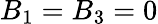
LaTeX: B_{1}=B_{3}=0